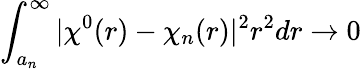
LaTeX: \int_{a_{n}}^{\infty}|\chi^{0}(r)-\chi_{n}(r)|^{2}r^{2}dr\rightarrow 0